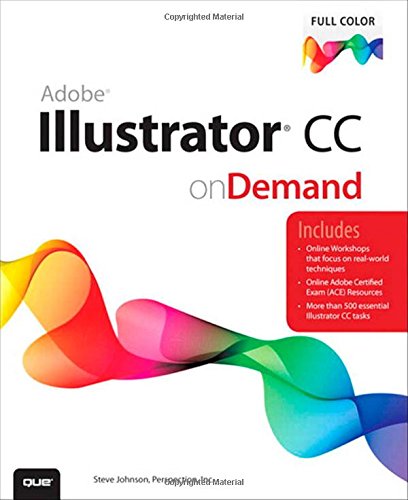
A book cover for Adobe Illustrator CC on Demand; Perspection Inc.; Computers & Technology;